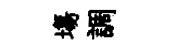
塲調